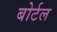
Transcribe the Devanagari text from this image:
बोर्टल